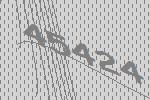
45424